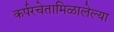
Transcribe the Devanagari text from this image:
कर्परचेतामिळालेल्या